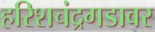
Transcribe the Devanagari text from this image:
हरिशचंद्रगडावर